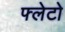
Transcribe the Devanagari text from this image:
फ्लेटो